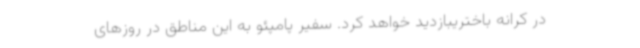
در کرانه باختریبازدید خواهد کرد. سفیر پامپئو به این مناطق در روزهای